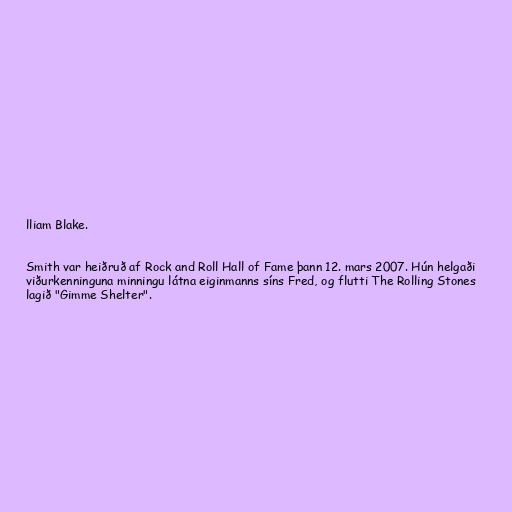
lliam Blake.

Smith var heiðruð af Rock and Roll Hall of Fame þann 12. mars 2007. Hún helgaði
viðurkenninguna minningu látna eiginmanns síns Fred, og flutti The Rolling Stones
lagið "Gimme Shelter".